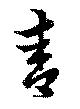
靑